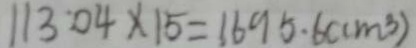
1 1 3 . 0 4 \times 1 5 = 1 6 9 5 . 6 ( c m ^ { 3 } )